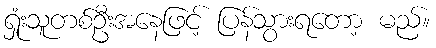
ရှုံးသူတစ်ဦးအနေဖြင့် ပြန်သွားရတော့ မည်။